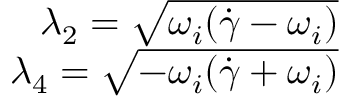
\begin{array} { r } { \lambda _ { 2 } = \sqrt { \omega _ { i } ( \dot { \gamma } - \omega _ { i } ) } } \\ { \lambda _ { 4 } = \sqrt { - \omega _ { i } ( \dot { \gamma } + \omega _ { i } ) } } \end{array}